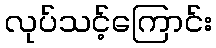
လုပ်သင့်ကြောင်း